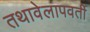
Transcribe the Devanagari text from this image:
तथावेलापवर्ती